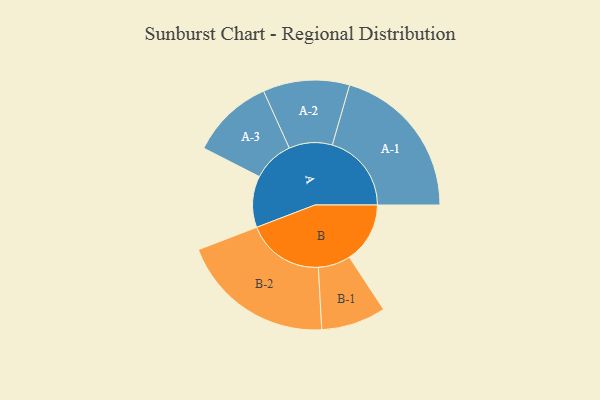
{"axis": {"x": "Segment", "y": "Value"}, "legend": ["", "A", "B"], "data": [{"x": "A", "y": 189, "type": ""}, {"x": "B", "y": 223, "type": ""}, {"x": "A-1", "y": 291, "type": "A"}, {"x": "A-2", "y": 159, "type": "A"}, {"x": "A-3", "y": 152, "type": "A"}, {"x": "B-1", "y": 119, "type": "B"}, {"x": "B-2", "y": 284, "type": "B"}]}